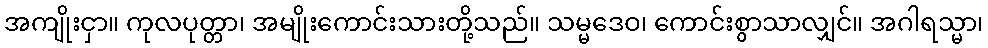
အကျိုးငှာ။ ကုလပုတ္တာ၊ အမျိုးကောင်းသားတို့သည်။ သမ္မဒေဝ၊ ကောင်းစွာသာလျှင်။ အဂါရသ္မာ၊